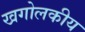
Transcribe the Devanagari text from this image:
खगोलकीय